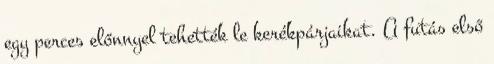
egy perces előnnyel tehették le kerékpárjaikat. A futás első